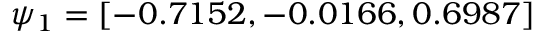
\psi _ { 1 } = \left[ - 0 . 7 1 5 2 , - 0 . 0 1 6 6 , 0 . 6 9 8 7 \right]